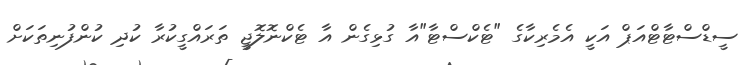
ސީޑްސްޓާޓްއަޕް އަކީ އެމެރިކާގެ "ޓެކްސްޓާ"އާ ގުޅިގެން އާ ޓެކްނޮލޮޖީ ތަރައްގީކުރާ ކުދި ކުންފުނިތަކަށް